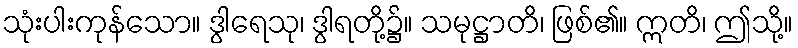
သုံးပါးကုန်သော။ ဒွါရေသု၊ ဒွါရတို့၌။ သမုဋ္ဌာတိ၊ ဖြစ်၏။ ဣတိ၊ ဤသို့။